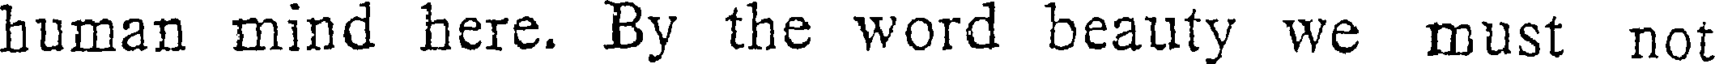
buman mind here. By the word beauty we must not